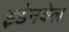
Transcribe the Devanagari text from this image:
इडेनवेल